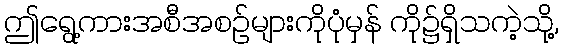
ဤရွေ့ကားအစီအစဉ်များကိုပုံမှန် ကို၌ရှိသကဲ့သို့,